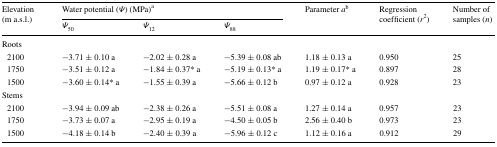
<table><thead><tr><td rowspan="2"><b>Elevation (m a.s.l.)</b></td><td colspan="3"><b>Water potential (<i>Ψ</i>)(MPa)<sup>a</sup></b></td><td rowspan="2"><b>Parameter <i>a</i><sup>b</sup></b></td><td rowspan="2"><b>Regression coefficient (<i>r</i><sup>2</sup>)</b></td><td rowspan="2"><b>Number of samples (<i>n</i>)</b></td></tr><tr><td><b><i>Ψ</i><sub>50</sub></b></td><td><b><i>Ψ</i><sub>12</sub></b></td><td><b><i>Ψ</i><sub>88</sub></b></td></tr></thead><tbody><tr><td colspan="7">Roots</td></tr><tr><td> 2100</td><td>−3.71 ± 0.10 a</td><td>−2.02 ± 0.28 a</td><td>−5.39 ± 0.08 ab</td><td>1.18 ± 0.13 a</td><td>0.950</td><td>25</td></tr><tr><td> 1750</td><td>−3.51 ± 0.12 a</td><td>−1.84 ± 0.37* a</td><td>−5.19 ± 0.13* a</td><td>1.19 ± 0.17* a</td><td>0.897</td><td>28</td></tr><tr><td> 1500</td><td>−3.60 ± 0.14* a</td><td>−1.55 ± 0.39 a</td><td>−5.66 ± 0.12 b</td><td>0.97 ± 0.12 a</td><td>0.928</td><td>23</td></tr><tr><td colspan="7">Stems</td></tr><tr><td> 2100</td><td>−3.94 ± 0.09 ab</td><td>−2.38 ± 0.26 a</td><td>−5.51 ± 0.08 a</td><td>1.27 ± 0.14 a</td><td>0.957</td><td>23</td></tr><tr><td> 1750</td><td>−3.73 ± 0.07 a</td><td>−2.95 ± 0.19 a</td><td>−4.50 ± 0.05 b</td><td>2.56 ± 0.40 b</td><td>0.973</td><td>23</td></tr><tr><td> 1500</td><td>−4.18 ± 0.14 b</td><td>−2.40 ± 0.39 a</td><td>−5.96 ± 0.12 c</td><td>1.12 ± 0.16 a</td><td>0.912</td><td>29</td></tr></tbody></table>